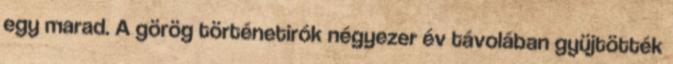
egy marad. A görög történetirók négyezer év távolában gyüjtötték